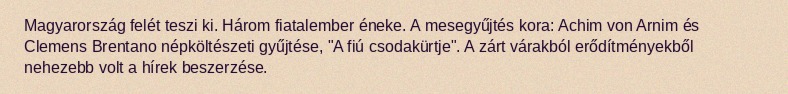
Magyarország felét teszi ki. Három fiatalember éneke. A mesegyűjtés kora: Achim von Arnim és Clemens Brentano népköltészeti gyűjtése, "A fiú csodakürtje". A zárt várakból erődítményekből nehezebb volt a hírek beszerzése.